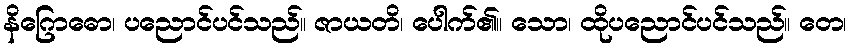
နိဂြောဓော၊ ပညောင်ပင်သည်။ ဇာယတိ၊ ပေါက်၏။ သော၊ ထိုပညောင်ပင်သည်။ တေ၊